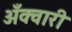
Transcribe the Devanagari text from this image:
अँक्वारी